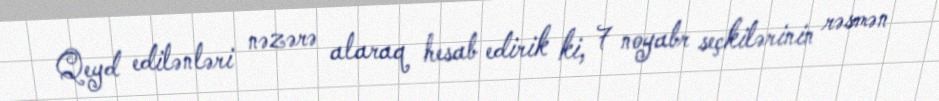
Qeyd edilənləri nəzərə alaraq hesab edirik ki, 7 noyabr seçkilərinin rəsmən